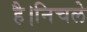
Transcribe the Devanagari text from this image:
है।निचले